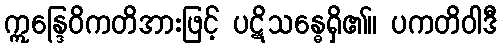
ဣန္ဒြေဝိကတိအားဖြင့် ပဋိသန္ဓေရှိ၏။ ပကတိဝါဒီ